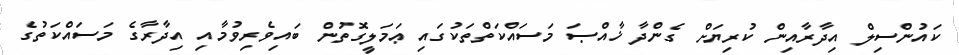
ކައުންސިލް އިދާރާއިން ކުރިޔަށް ގެންދާ ޚާއްޞަ މަސައްކަތްތަކުގައި ޢަމަލީގޮތުން ބައިވެރިވުމާއި އިދާރާގެ މަސައްކަތުގެ